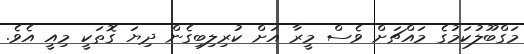
މަގްބޫލުކަމުގެ މައްޗަށް ވެސް މީރާ އަށް ކުރިލިބިގެން ދިޔަ ގޮތަކީ މިއީ އެވެ.